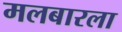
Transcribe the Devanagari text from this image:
मलबारला